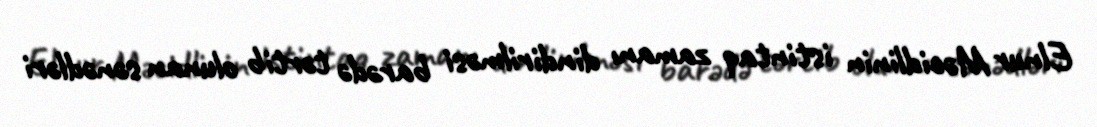
Elnur Məcidlinin istintaq zamanı dindirilməsi barədə tərtib olunan sənədləri